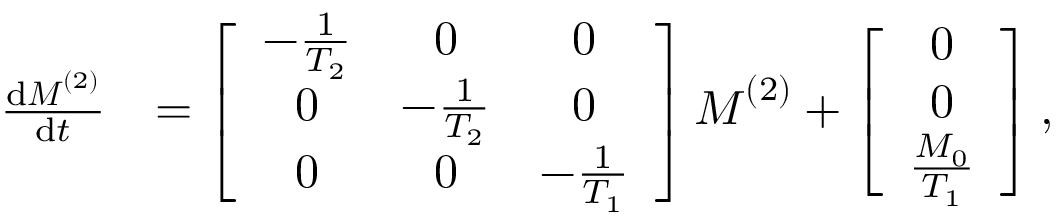
\begin{array} { r l } { \frac { \mathrm { d } \boldsymbol { M } ^ { ( 2 ) } } { \mathrm { d } t } } & { = \left[ \begin{array} { c c c } { - \frac { 1 } { T _ { 2 } } } & { 0 } & { 0 } \\ { 0 } & { - \frac { 1 } { T _ { 2 } } } & { 0 } \\ { 0 } & { 0 } & { - \frac { 1 } { T _ { 1 } } } \end{array} \right] \boldsymbol { M } ^ { ( 2 ) } + \left[ \begin{array} { c } { 0 } \\ { 0 } \\ { \frac { M _ { 0 } } { T _ { 1 } } } \end{array} \right] , } \end{array}